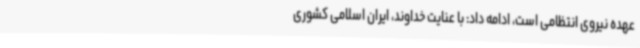
عهده نیروی انتظامی است، ادامه داد: با عنایت خداوند، ایران اسلامی کشوری